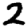
Digit: 2